Treatise on elephants
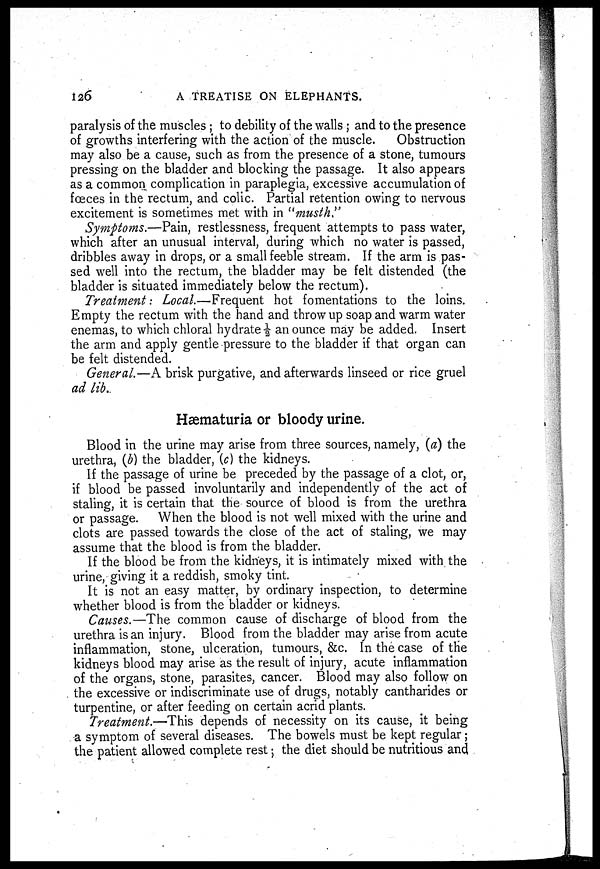
126
A TREATISE ON ELEPHANTS.
paralysis of the muscles ; to debility of the walls ; and to the presence
of growths interfering with the action of the muscle.
Obstruction
may also be a cause, such as from the presence of a stone, tumours
pressing on the bladder and blocking the passage. It also appears
as a common complication in paraplegia, excessive accumulation of
fœces in the rectum, and colic. Partial retention owing to nervous
excitement is sometimes met with in "musth."
Symptoms.—Pain, restlessness, frequent attempts to pass water,
which after an unusual interval, during which no water is passed,
dribbles away in drops, or a small feeble stream. If the arm is pas-
sed well into the rectum, the bladder may be felt distended (the
bladder is situated immediately below the rectum).
Treatment: Local.—Frequent hot fomentations to the loins.
Empty the rectum with the hand and throw up soap and warm water
enemas, to which chloral hydrate ½ an ounce may be added. Insert
the arm and apply gentle pressure to the bladder if that organ can
be felt distended.
General.—A brisk purgative, and afterwards linseed or rice gruel
ad lib.
Hæmaturia or bloody urine.
Blood in the urine may arise from three sources, namely, (a) the
urethra, (b) the bladder, (c) the kidneys.
If the passage of urine be preceded by the passage of a clot, or,
if blood be passed involuntarily and independently of the act of
staling, it is certain that the source of blood is from the urethra
or passage. When the blood is not well mixed with the urine and
clots are passed towards the close of the act of staling, we may
assume that the blood is from the bladder.
If the blood be from the kidneys, it is intimately mixed with the
urine, giving it a reddish, smoky tint.
It is not an easy matter, by ordinary inspection, to determine
whether blood is from the bladder or kidneys.
Causes.—The common cause of discharge of blood from the
urethra is an injury. Blood from the bladder may arise from acute
inflammation, stone, ulceration, tumours, &c. In the case of the
kidneys blood may arise as the result of injury, acute inflammation
of the organs, stone, parasites, cancer. Blood may also follow on
the excessive or indiscriminate use of drugs, notably cantharides or
turpentine, or after feeding on certain acrid plants.
Treatment.—This depends of necessity on its cause, it being
a symptom of several diseases. The bowels must be kept regular;
the patient allowed complete rest ; the diet should be nutritious and